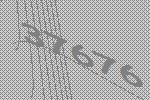
37676